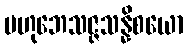
ဗဟုဘေသဇ္ဇသန္နိစယော